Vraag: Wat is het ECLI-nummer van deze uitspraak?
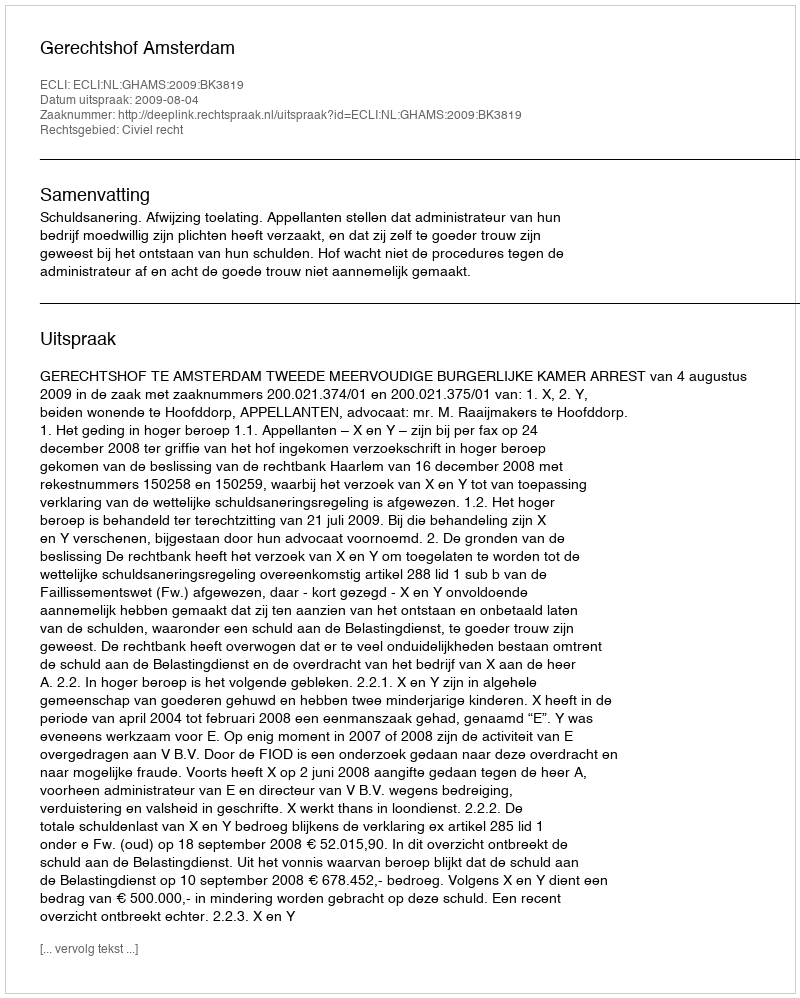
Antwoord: ECLI:NL:GHAMS:2009:BK3819